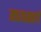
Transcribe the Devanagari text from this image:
मधयमवर्ग